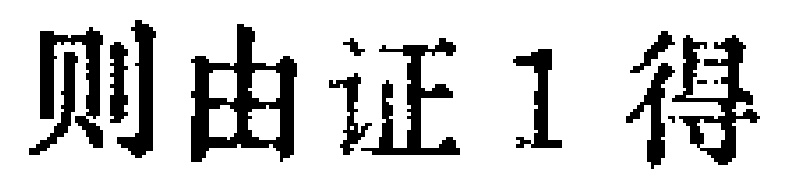
则由证1得